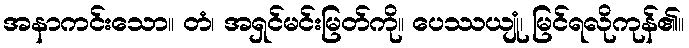
အနာကင်းသော။ တံ၊ အရှင်မင်းမြတ်ကို။ ပေဿယျုံ၊ မြင်ရလိုကုန်၏။